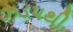
ઝડ૫થી